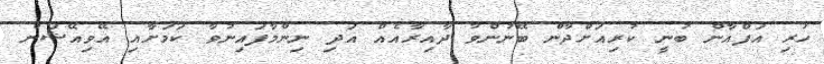
ހުރި އަފްއާން ބުނީ ކުރިއަށްދާން ބޭނުންވާ ދާއިރާއެއް އަދި ނިންމާފައިނުވާ ކަމަށާއި އޭވިއޭޝަން